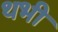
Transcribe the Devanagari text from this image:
थभी